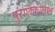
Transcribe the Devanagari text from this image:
पुराणकालात